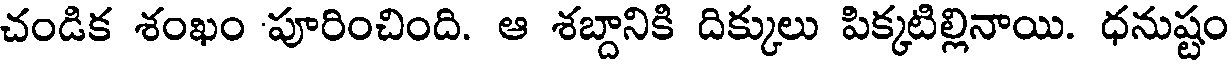
చండిక శంఖం పూరించింది. ఆ శబ్దానికి దిక్కులు పిక్కటిల్లినాయి. ధనుష్టం